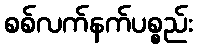
စစ်လက်နက်ပစ္စည်း